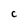
Character: C